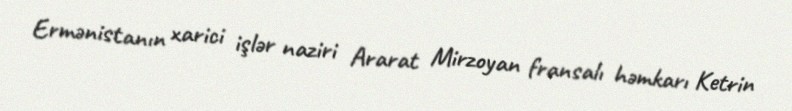
Ermənistanın xarici işlər naziri Ararat Mirzoyan fransalı həmkarı Ketrin